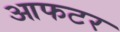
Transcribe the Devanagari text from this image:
आफटर